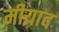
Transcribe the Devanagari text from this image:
मीयाद